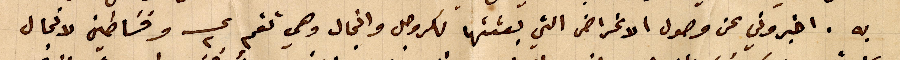
به. اخبروني عن وصول الاغراض التي بعثتها لكروجل وانجال وهي تقم ع٢ وفساطين لانجال